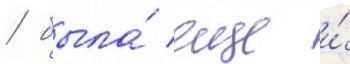
/ была́ еще и́